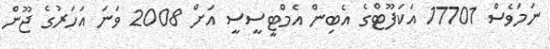
ނަމަވެސް 17701 އަކަފޫޓްގެ އެބިން އެމްޓީސީސީ އަށް 2008 ވަނަ އަހަރުގެ ޖޫން